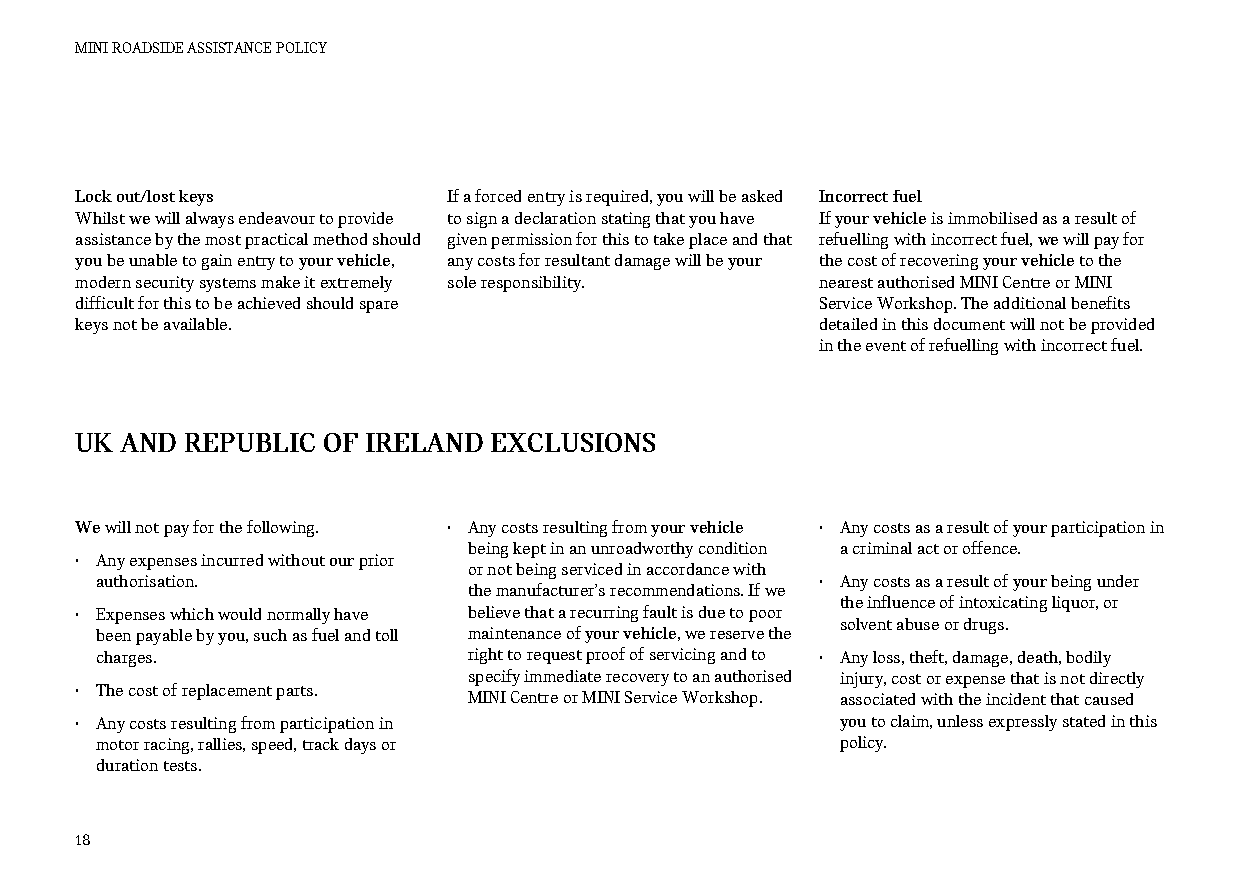
MINI ROADSIDE ASSISTANCE POLICY
 Lock out/lost keys       If a forced entry is required, you will be asked Incorrect fuel
 Whilst we will always endeavour to provide to sign a declaration stating that you have If your vehicle is immobilised as a result of
 assistance by the most practical method should given permission for this to take place and that refuelling with incorrect fuel, we will pay for
 you be unable to gain entry to your vehicle, any costs for resultant damage will be your the cost of recovering your vehicle to the
 modern security systems make it extremely sole responsibility. nearest authorised MINI Centre or MINI
 difficult for this to be achieved should spare   Service Workshop. The additional benefits
 keys not be available.                           detailed in this document will not be provided
 in the event of refuelling with incorrect fuel.
 UK AND REPUBLIC OF IRELAND  EXCLUSIONS
 We will not pay for the following. • Any costs resulting from your vehicle • Any costs as a result of your participation in
 being kept in an unroadworthy condition a criminal act or offence.
 • Any expenses incurred without our prior
 or not being serviced in accordance with
 authorisation.                                  • Any costs as a result of your being under
 the manufacturer’s recommendations. If we
 the influence of intoxicating liquor, or
 • Expenses which would normally have believe that a recurring fault is due to poor
 solvent abuse or drugs.
 been payable by you, such as fuel and toll maintenance of your vehicle, we reserve the
 charges.                 right to request proof of servicing and to • Any loss, theft, damage, death, bodily
 specify immediate recovery to an authorised injury, cost or expense that is not directly
 • The cost of replacement parts.
 MINI Centre or MINI Service Workshop. associated with the incident that caused
 • Any costs resulting from participation in        you to claim, unless expressly stated in this
 motor racing, rallies, speed, track days or       policy.
 duration tests.
 18